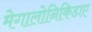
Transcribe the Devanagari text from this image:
मेगालोनिकिडाए